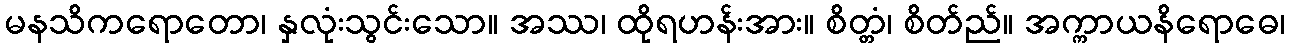
မနသိကရောတော၊ နှလုံးသွင်းသော။ အဿ၊ ထိုရဟန်းအား။ စိတ္တံ၊ စိတ်ည်။ အက္ကာယနိရောဓေ၊